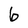
Character: 6